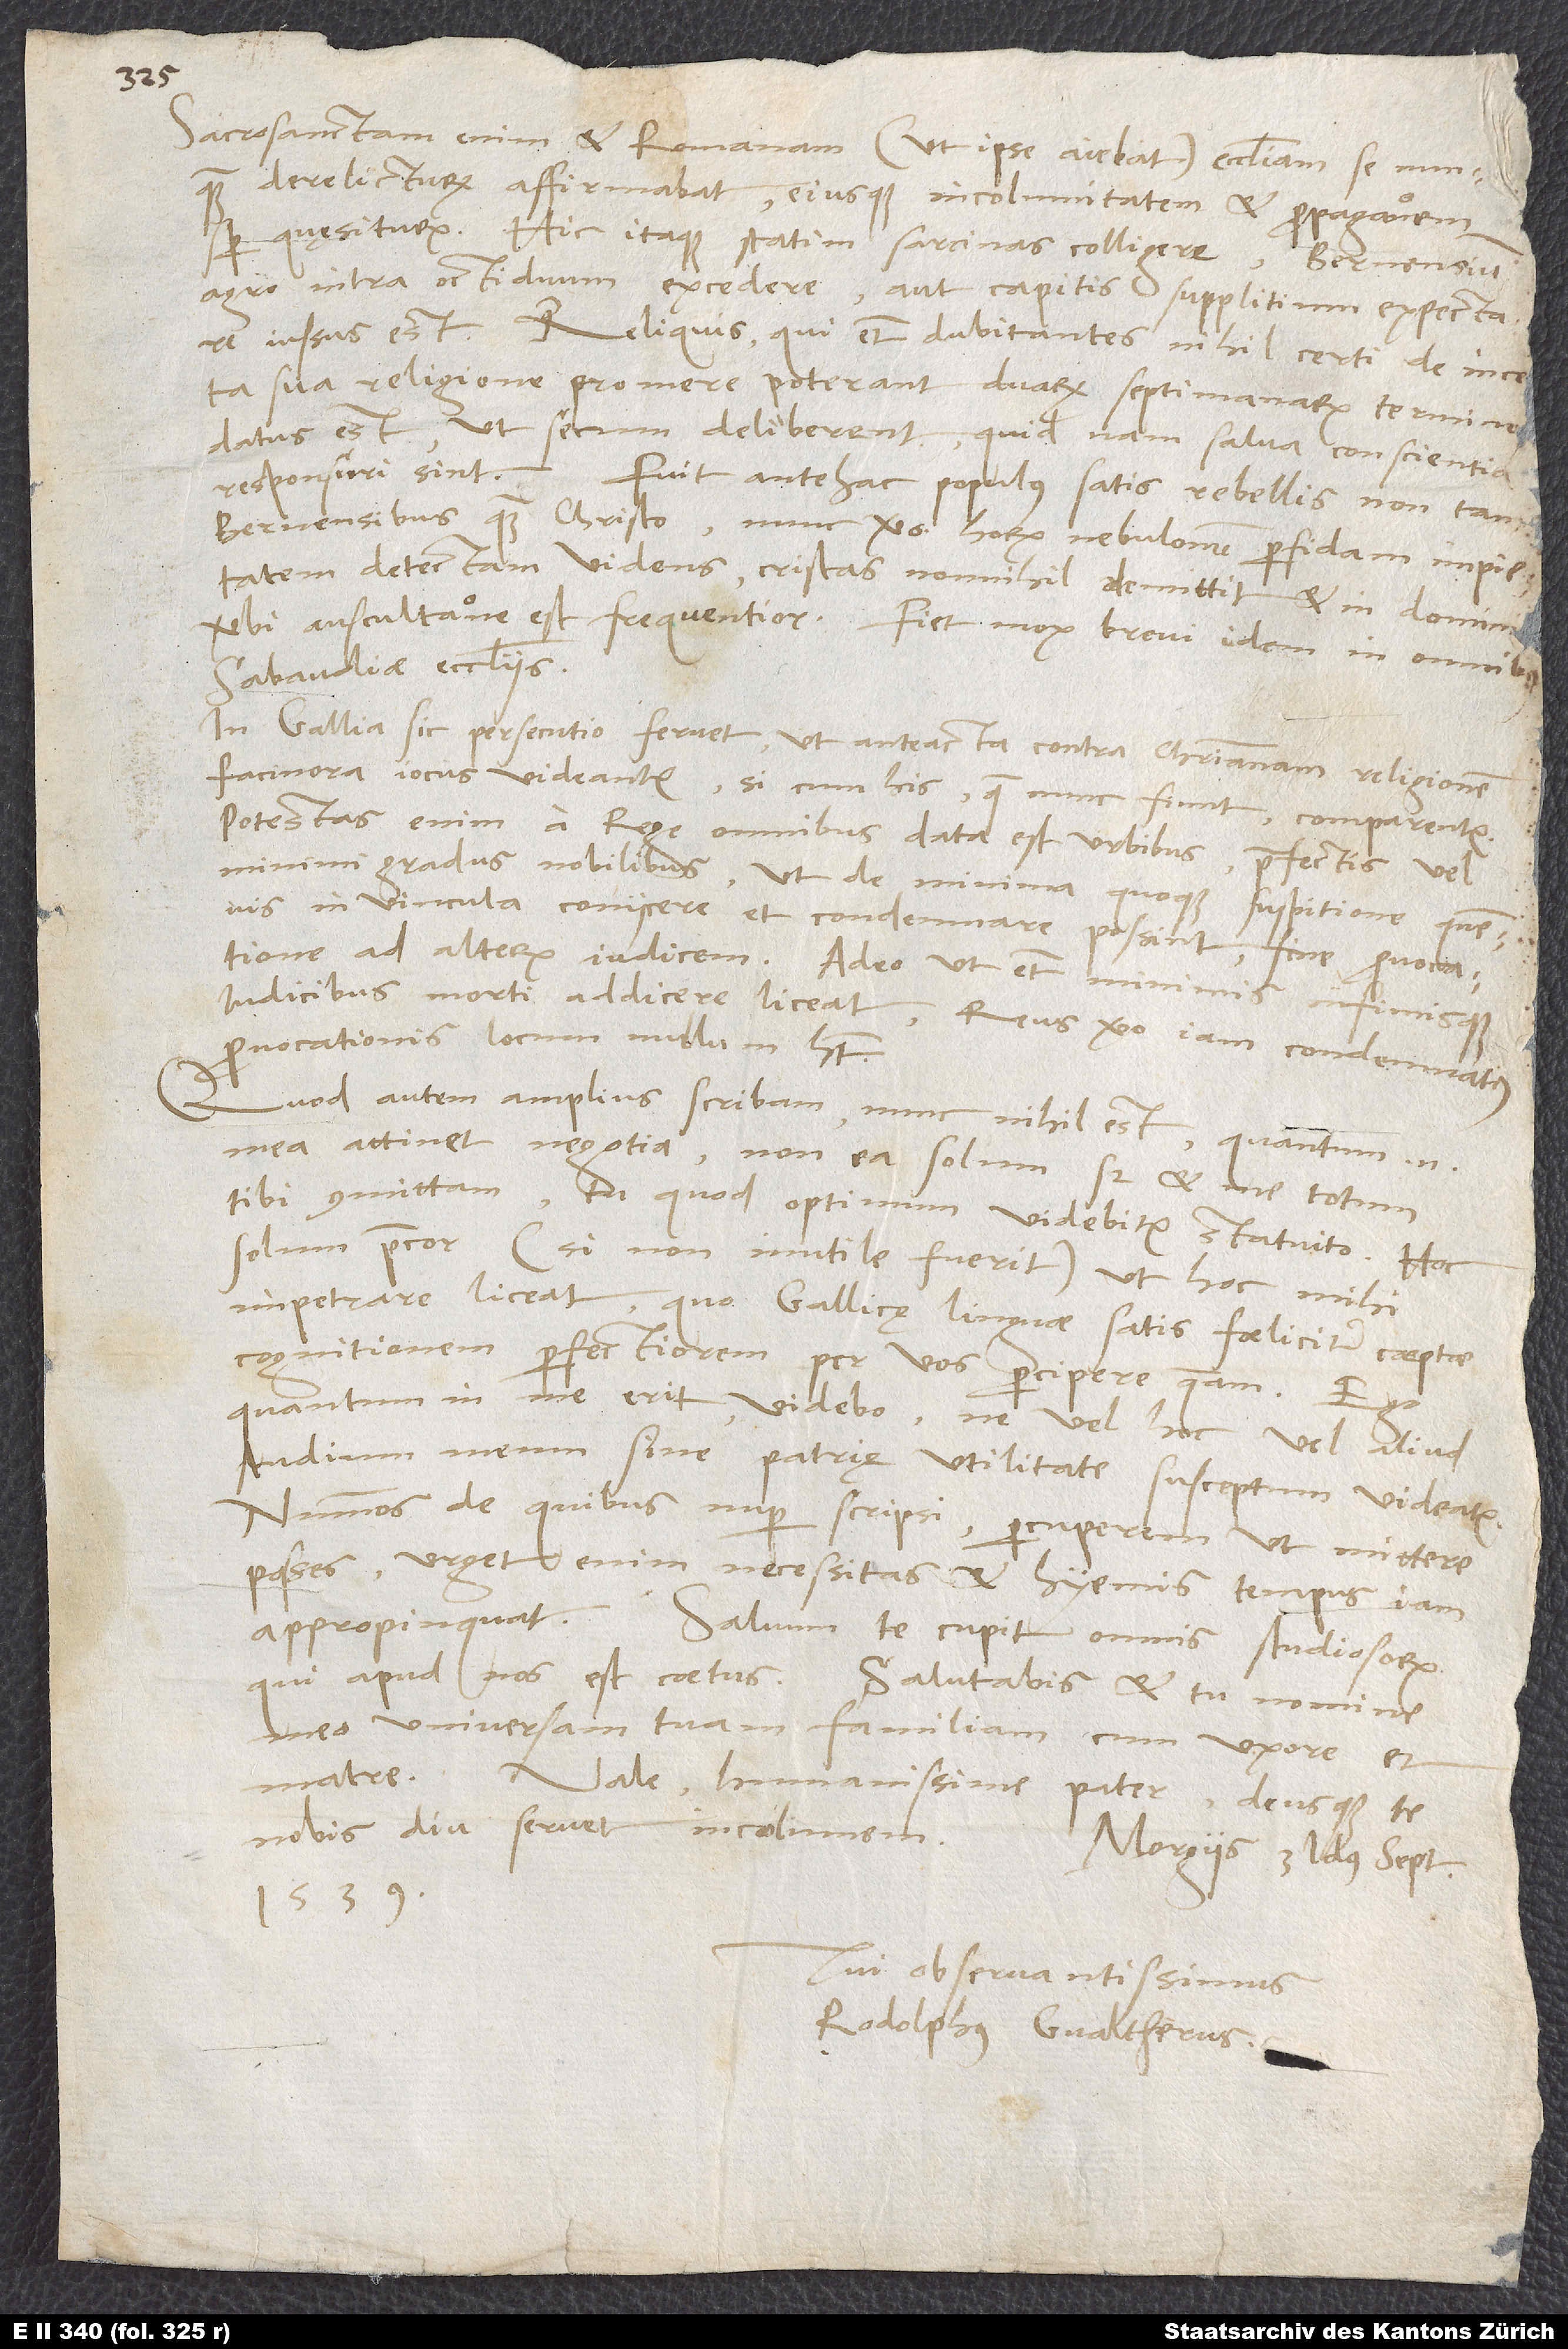
Sacrosanctam enim et Romanam (ut ipse aiebat) ecclesiam se nunquam
derelicturum affirmabat eiusque incolumitatem et propagationem
Hic itaque statim sarcinas colligere, Bernensium
agro intra octiduum excedere aut capitis supplitium expectare
iussus est. Reliquis, qui etiam dubitantes nihil certi de ince
datus est, ut secum deliberent, quid nam salva conscientia
responsuri sint. Fuit antehac populus satis rebellis non tam
Bernensibus quam Christo, nunc vero horum nebulonum perfidam impietatem
detectam videns cristas nonnihil demittit et in domini
verbi auscultatione est frequentior. Fiet mox brevi idem in omnibus
Sabaudiae ecclesiis.
In Gallia sic persecutio fervet, ut anteacta contra christianam religionem
facinora iocus videantur, si cum his, quae nunc fiunt, comparentur.
Potestas enim a rege omnibus data est urbibus, praefectis vel
minimi gradus nobilibus, ut de minima quoque suspitione quemvis
in vincula coniicere et condemnare possint sine provocatione
ad alterum iudicem, adeo ut etiam minimis infimisque
iudicibus morti addicere liceat. Reus vero iam condemnatus
provocationis locum nullum habet.
Quod autem amplius scribam, nunc nihil est. Quantum enim
mea attinet negotia, non ea solum, sed et me totum
tibi committam; tu, quod optimum videbitur, statuito. Hoc
solum precor (si non inutile fuerit), ut hoc mihi
impetrare liceat, quo Gallicę linguae satis foeliciter coeptae
cognitionem perfectiorem per vos percipere queam. Ego,
quantum in me erit, videbo, ne vel hoc vel aliud
studium meum sine patrię utilitate susceptum videatur.
Nummos, de quibus nuper scripsi, percuperem, ut mittere
posses; urget enim necessitas, et hyemis tempus iam
qui apud nos est, coetus. Salutabis et tu nomine
meo universam tuam familiam cum uxore et
matre.
Vale, humanissime pater, deusque te
nobis diu servet incolumem.
Morgiis, 3. idus septembris
1539.
Tui observantissimus
Rodolphus Gvaltherus.